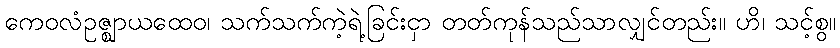
ကေဝလံဥဇ္ဈာယထေဝ၊ သက်သက်ကဲ့ရဲ့ခြင်းငှာ တတ်ကုန်သည်သာလျှင်တည်း။ ဟိ၊ သင့်စွ။